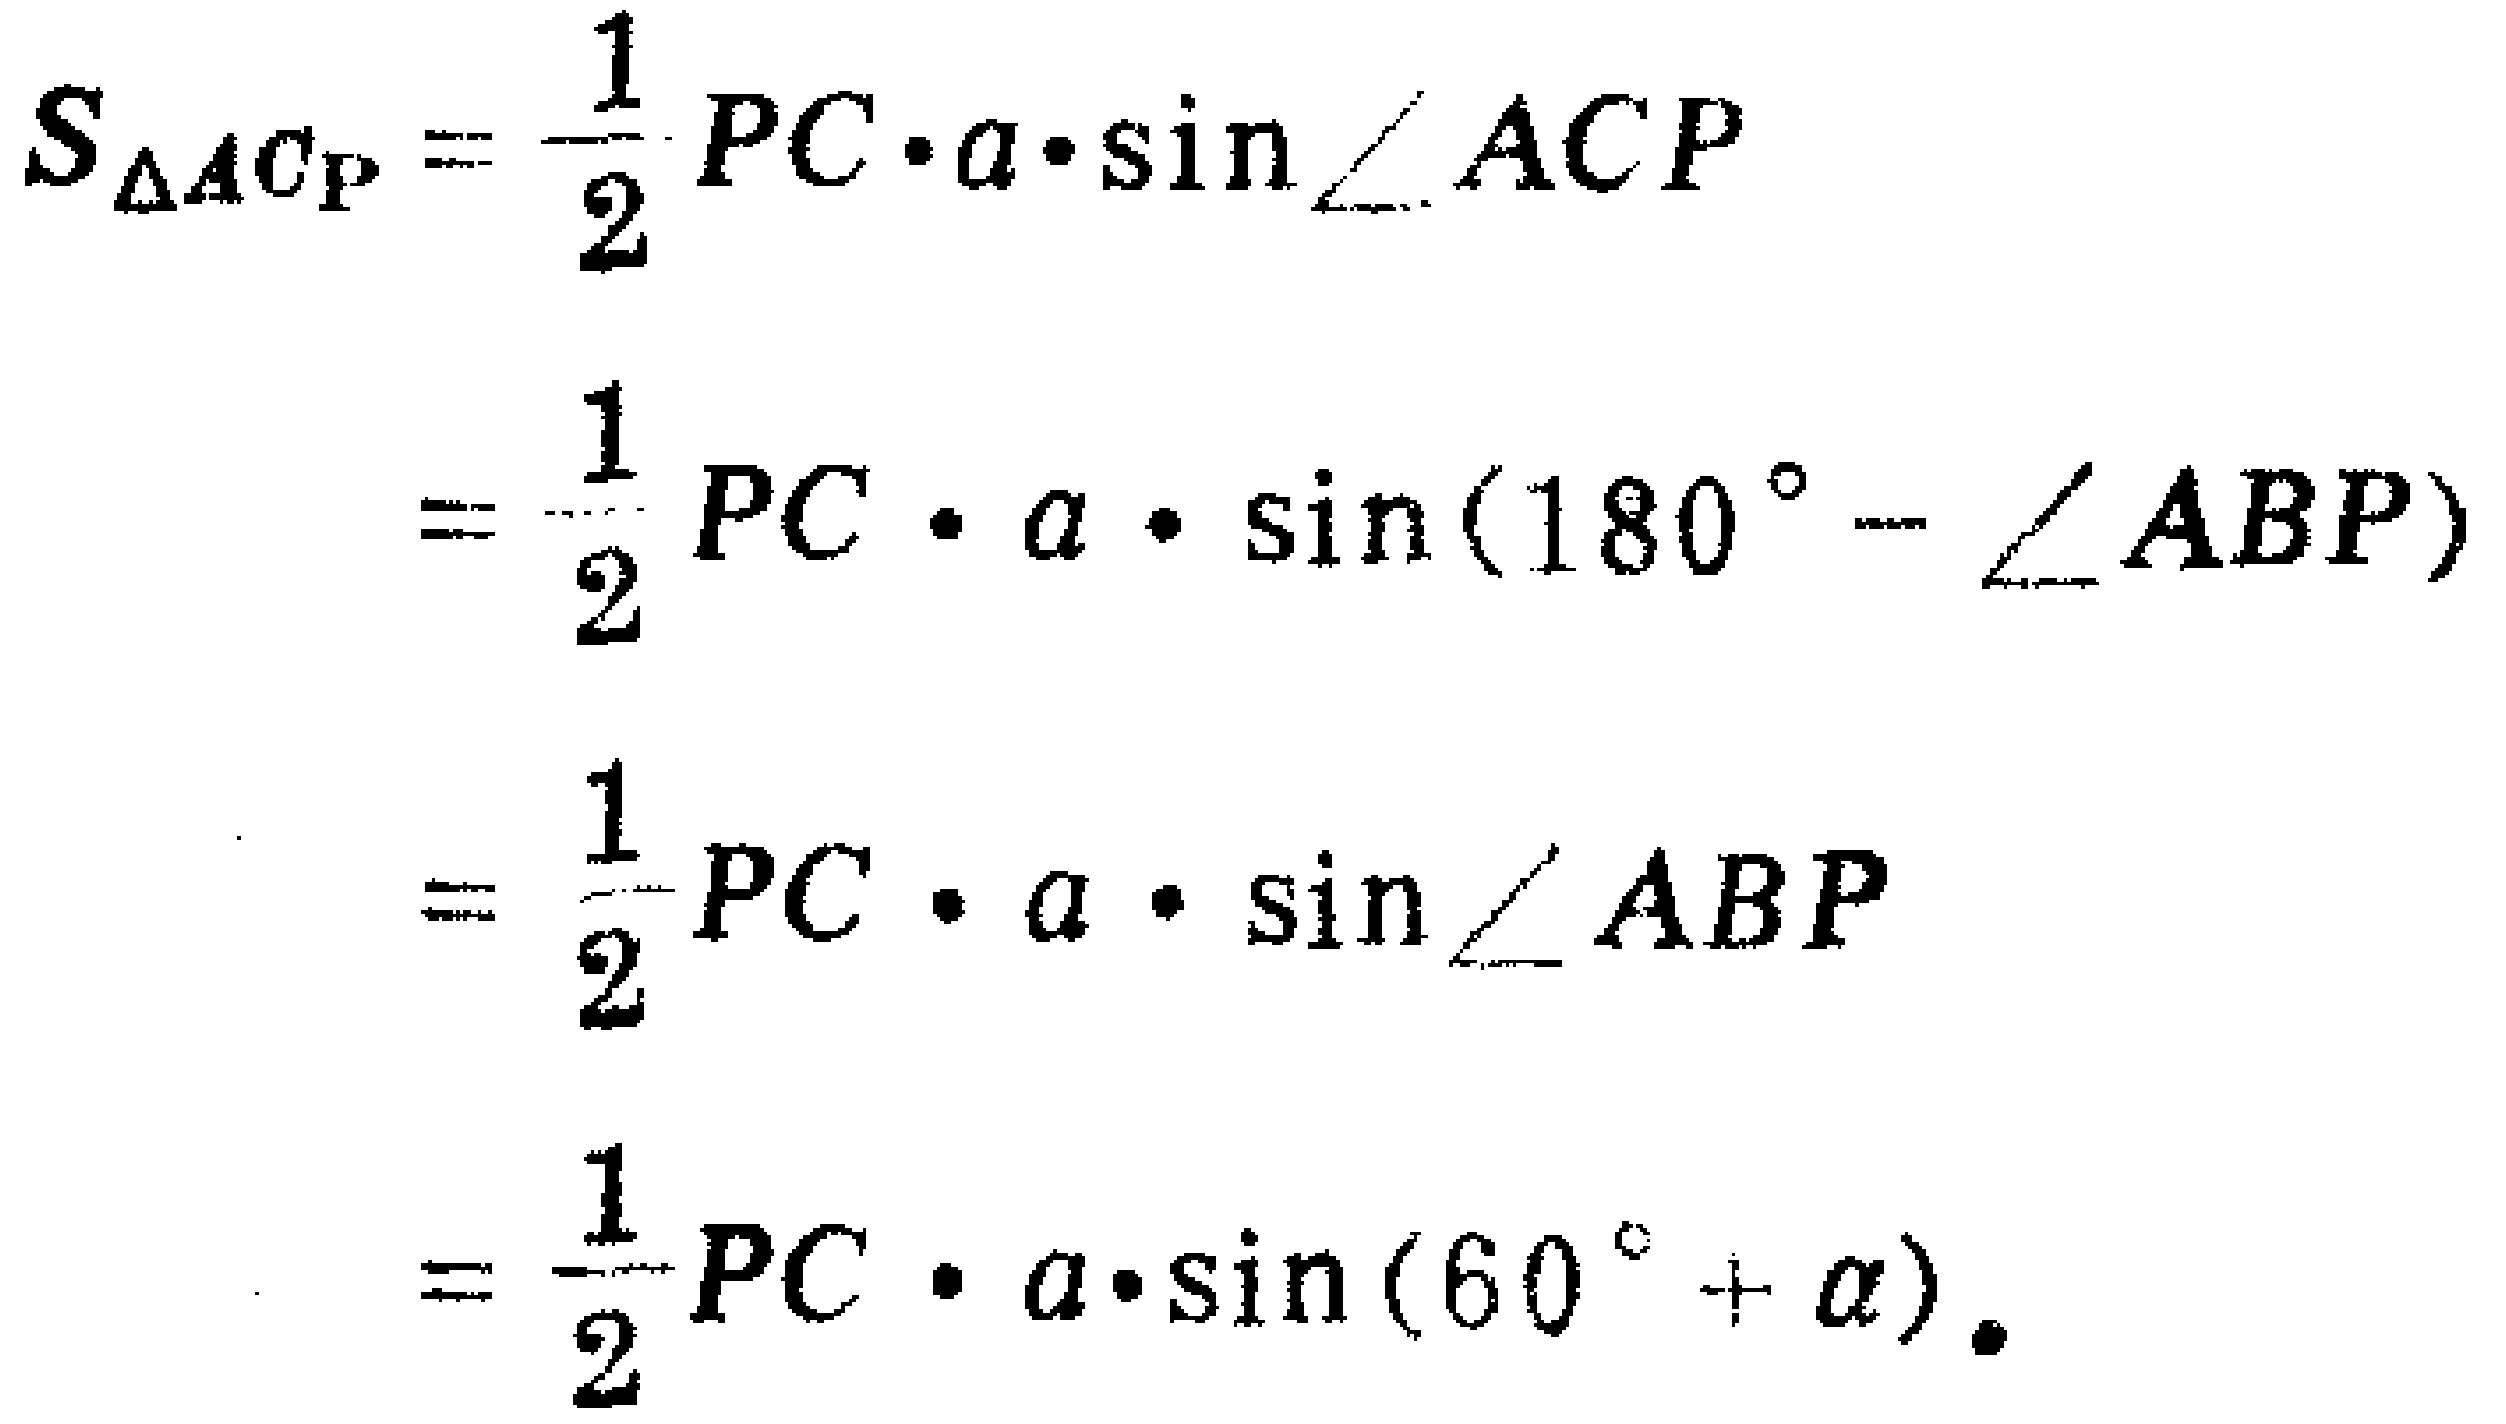
\[
\begin{align*}
S_{\triangle ACP}&=\frac{1}{2}PC\cdot a\cdot\sin\angle ACP\\
&=\frac{1}{2}PC\cdot a\cdot\sin(180^{\circ}-\angle ABP)\\
&=\frac{1}{2}PC\cdot a\cdot\sin\angle ABP\\
&=\frac{1}{2}PC\cdot a\cdot\sin(60^{\circ}+\alpha)
\end{align*}
\]